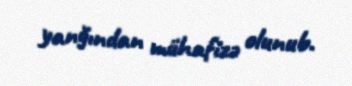
yanğından mühafizə olunub.